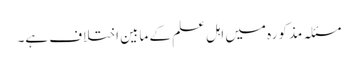
مسئلہ مذکورہ میں اہلِ علم کے مابین اختلاف ہے۔